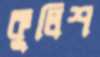
কুলিশ